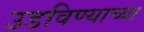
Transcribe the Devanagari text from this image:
उडविण्याच्या